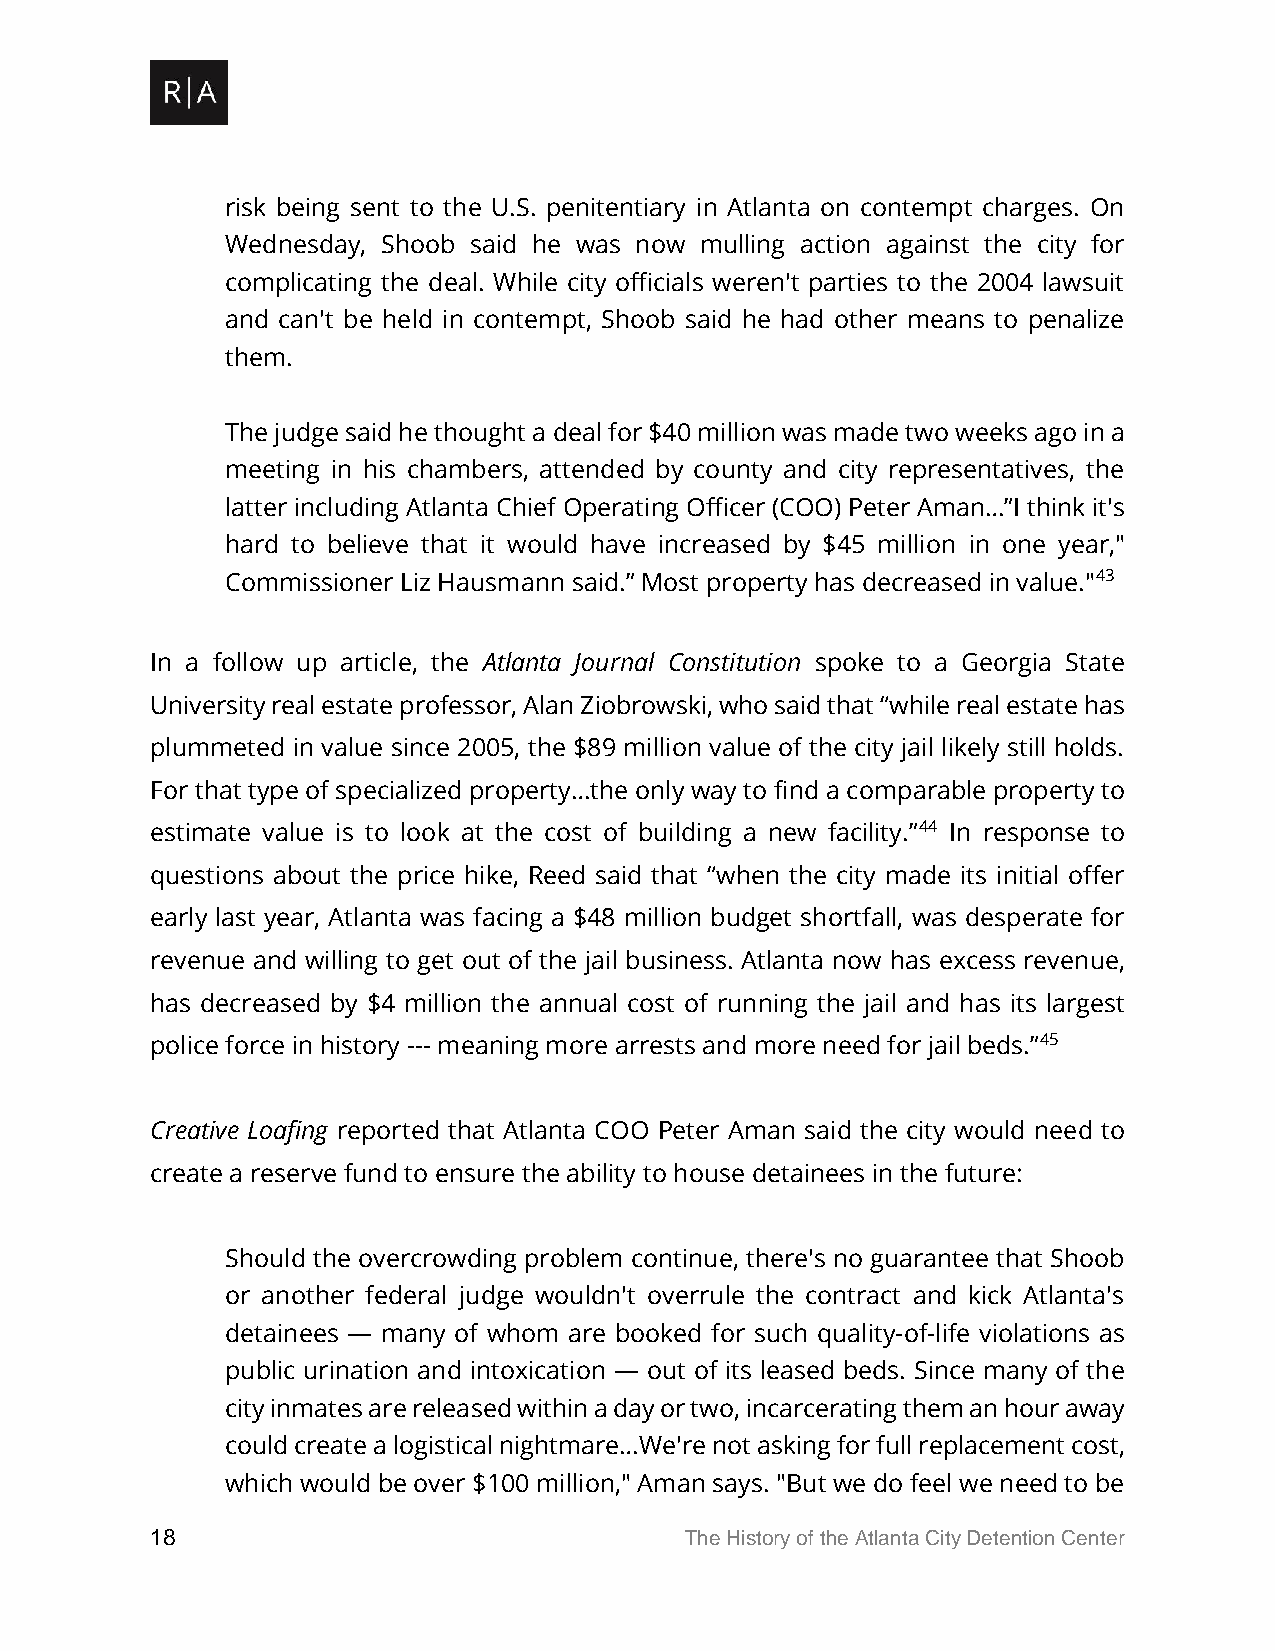
risk being sent to the U.S. penitentiary in Atlanta on contempt charges. On
 Wednesday, Shoob said he was now mulling action against the city for
 complicating the deal. While city officials weren't parties to the 2004 lawsuit
 and can't be held in contempt, Shoob said he had other means to penalize
 them.
 The judge said he thought a deal for $40 million was made two weeks ago in a
 meeting in his chambers, attended by county and city representatives, the
 latter including Atlanta Chief Operating Officer (COO) Peter Aman…”I think it's
 hard to believe that it would have increased by $45 million in one year,"
 Commissioner Liz Hausmann said.” Most property has decreased in value."43
 In a follow up article, the Atlanta Journal Constitution spoke to a Georgia State
 University real estate professor, Alan Ziobrowski, who said that “while real estate has
 plummeted in value since 2005, the $89 million value of the city jail likely still holds.
 For that type of specialized property…the only way to find a comparable property to
 estimate value is to look at the cost of building a new facility.”44 In response to
 questions about the price hike, Reed said that “when the city made its initial offer
 early last year, Atlanta was facing a $48 million budget shortfall, was desperate for
 revenue and willing to get out of the jail business. Atlanta now has excess revenue,
 has decreased by $4 million the annual cost of running the jail and has its largest
 police force in history --- meaning more arrests and more need for jail beds.”45
 Creative Loafing reported that Atlanta COO Peter Aman said the city would need to
 create a reserve fund to ensure the ability to house detainees in the future:
 Should the overcrowding problem continue, there's no guarantee that Shoob
 or another federal judge wouldn't overrule the contract and kick Atlanta's
 detainees — many of whom are booked for such quality-of-life violations as
 public urination and intoxication — out of its leased beds. Since many of the
 city inmates are released within a day or two, incarcerating them an hour away
 could create a logistical nightmare…We're not asking for full replacement cost,
 which would be over $100 million," Aman says. "But we do feel we need to be
 18                                 The History of the Atlanta City Detention Center